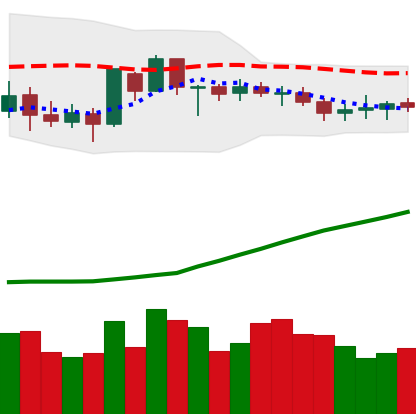
Ticker: BTC-USD
Chart end date: 2020-07-20
Forward return: 5.597%
Label: up_5_7